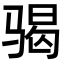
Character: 𩨀